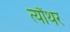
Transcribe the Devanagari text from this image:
त्यौंथर